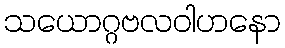
သယောဂ္ဂဗလဝါဟနော